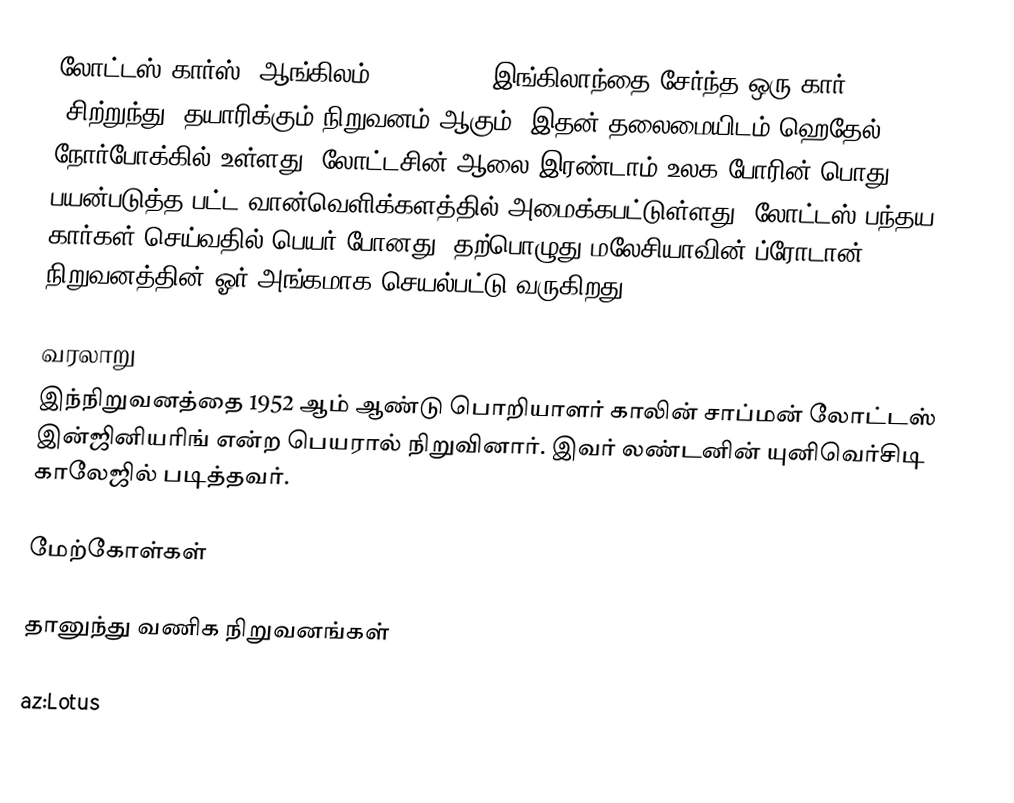
லோட்டஸ் கார்ஸ் (ஆங்கிலம்:Lotus Cars) இங்கிலாந்தை சேர்ந்த ஒரு கார் (சிற்றுந்து) தயாரிக்கும் நிறுவனம் ஆகும். இதன் தலைமையிடம் ஹெதேல், நோர்போக்கில் உள்ளது. லோட்டசின் ஆலை இரண்டாம் உலக போரின் பொது பயன்படுத்த பட்ட வான்வெளிக்களத்தில் அமைக்கபட்டுள்ளது. லோட்டஸ் பந்தய கார்கள் செய்வதில் பெயர் போனது. தற்பொழுது மலேசியாவின் ப்ரோடான் நிறுவனத்தின் ஓர் அங்கமாக செயல்பட்டு வருகிறது.

வரலாறு
இந்நிறுவனத்தை 1952 ஆம் ஆண்டு பொறியாளர் காலின் சாப்மன் லோட்டஸ் இன்ஜினியரிங் என்ற பெயரால் நிறுவினார். இவர் லண்டனின் யுனிவெர்சிடி காலேஜில் படித்தவர்.

மேற்கோள்கள்

தானுந்து வணிக நிறுவனங்கள்

az:Lotus